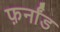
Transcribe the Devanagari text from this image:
फ़र्नांड